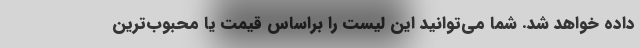
داده خواهد شد. شما می‌توانید این لیست را براساس قیمت یا محبوب‌ترین